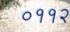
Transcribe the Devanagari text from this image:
०११२